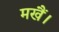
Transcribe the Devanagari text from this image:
मखैं।